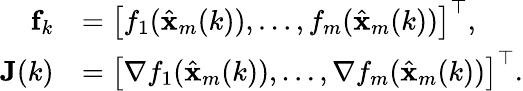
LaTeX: \begin{array}{rl}{{\mathbf f}_{k}}&{=\left[f_{1}(\hat{\mathbf x}_{m}(k)),\ldots,f_{m}(\hat{\mathbf x}_{m}(k))\right]^{\top},}\\ {{\mathbf J}(k)}&{=\left[\nabla f_{1}(\hat{\mathbf x}_{m}(k)),\ldots,\nabla f_{m}(\hat{\mathbf x}_{m}(k))\right]^{\top}.}\end{array}